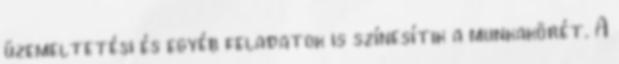
üzemeltetési és egyéb feladatok is színesítik a munkakörét. A